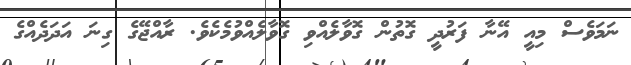
ނަމަވެސް މިއީ އޭނާ ފަރުދީ ގޮތުން ގޮވާލެއްވި ގޮވާލެއްވުމެކެވެ. ރާއްޖޭގެ ގިނަ އަދަދެއްގެ